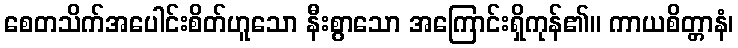
စေတသိက်အပေါင်းစိတ်ဟူသော နီးစွာသော အကြောင်းရှိကုန်၏။ ကာယစိတ္တာနံ၊